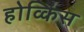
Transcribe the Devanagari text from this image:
होव्किंस